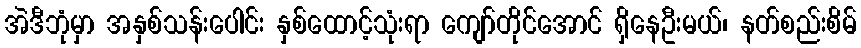
အဲဒီဘုံမှာ အနှစ်သန်းပေါင်း နှစ်ထောင့်သုံးရာ ကျော်တိုင်အောင် ရှိနေဦးမယ်၊ နတ်စည်းစိမ်